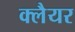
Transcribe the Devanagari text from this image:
क्लैयर